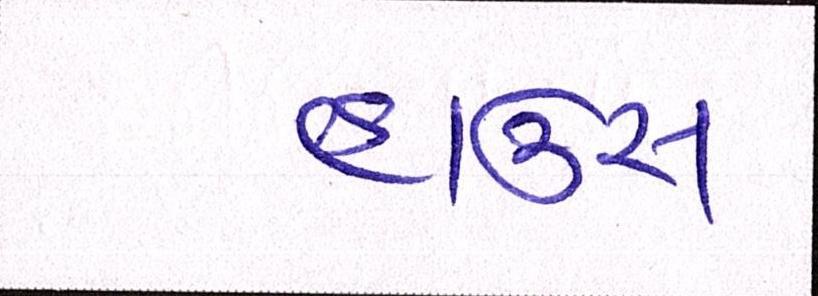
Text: હાઉસ